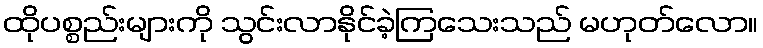
ထိုပစ္စည်းများကို သွင်းလာနိုင်ခဲ့ကြသေးသည် မဟုတ်လော။